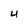
Character: 4